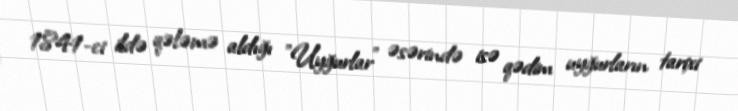
1841-ci ildə qələmə aldığı "Uyğurlar" əsərində isə qədim uyğurların tarixi